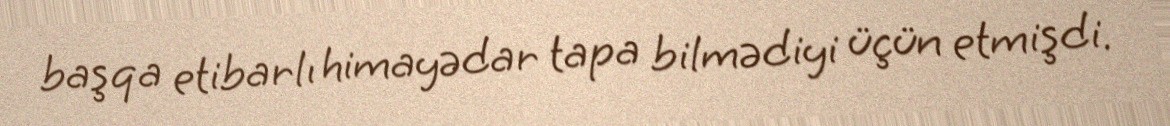
başqa etibarlı himayədar tapa bilmədiyi üçün etmişdi.